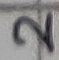
Text: 2